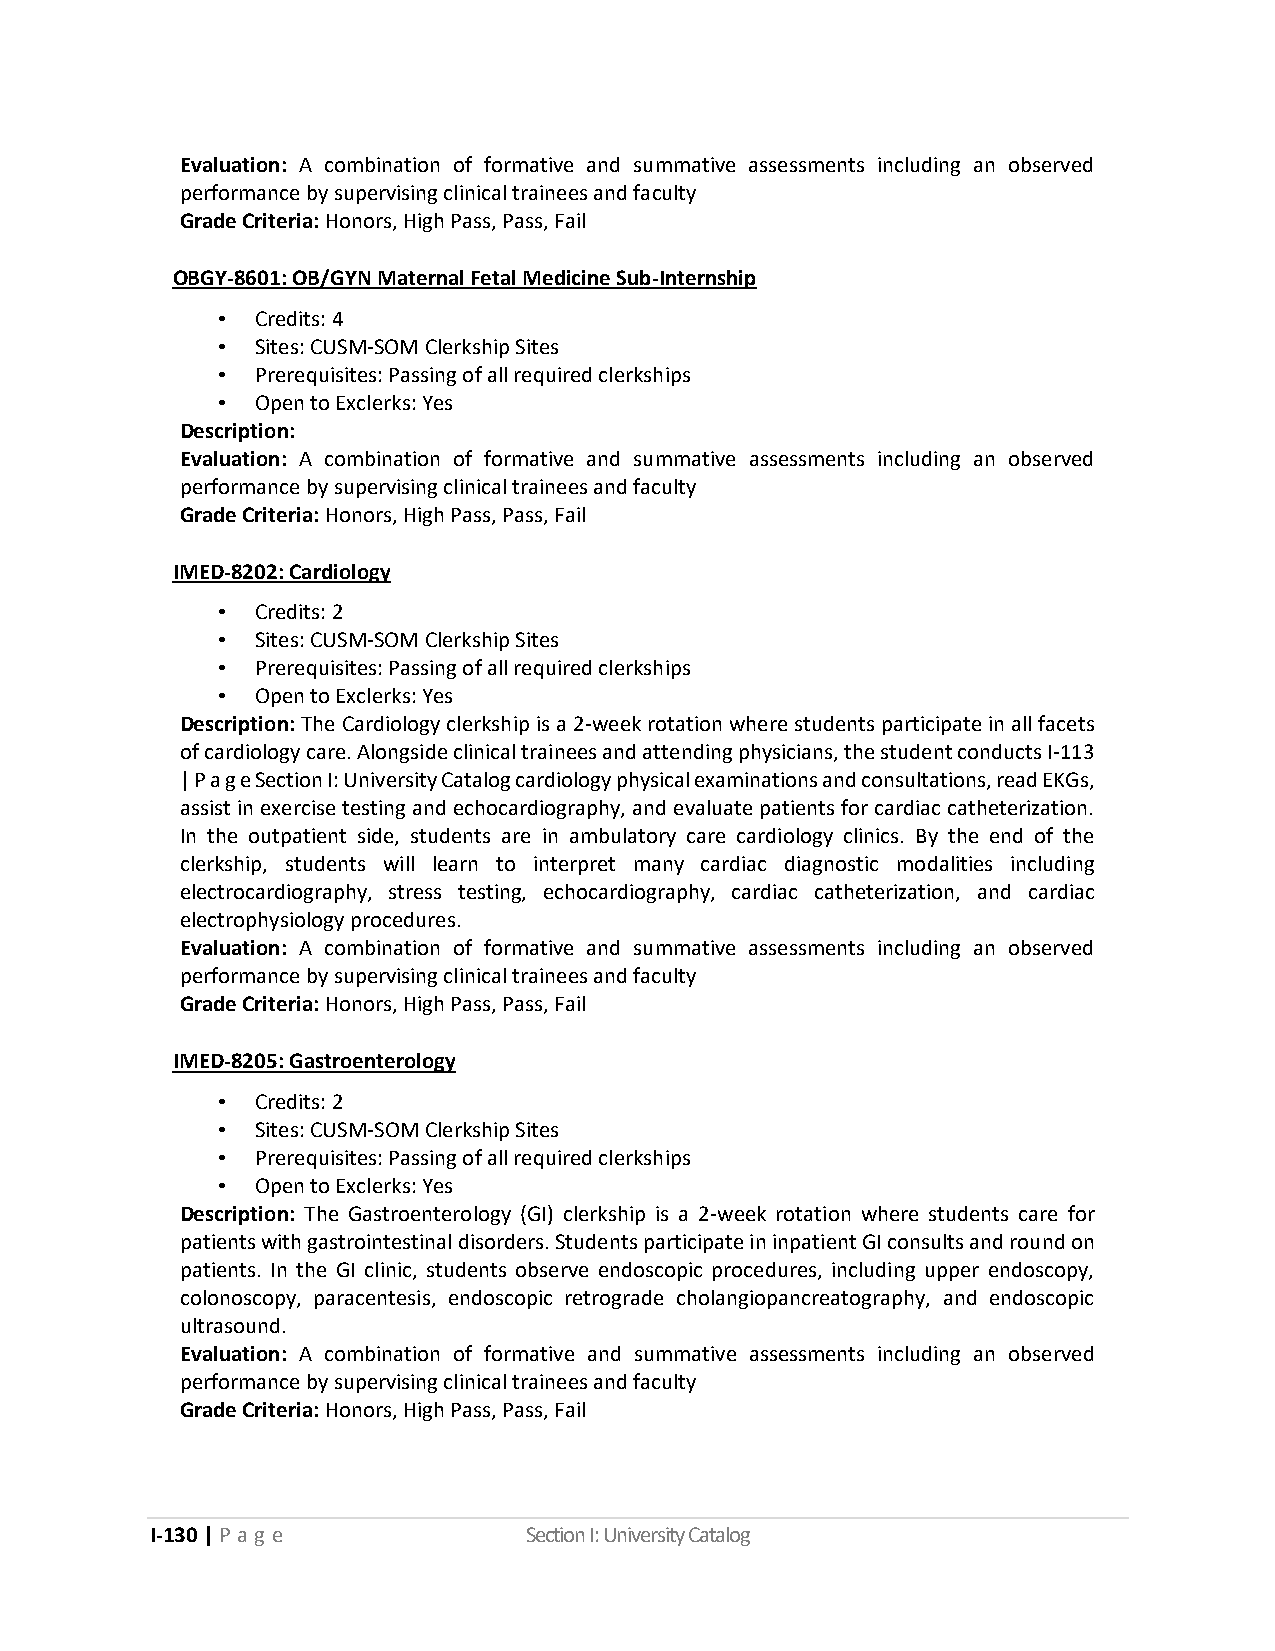
Evaluation: A combination of formative and summative assessments including an observed
 performance by supervising clinical trainees and faculty
 Grade Criteria: Honors, High Pass, Pass, Fail
 OBGY-8601: OB/GYN Maternal Fetal Medicine Sub-Internship
 •  Credits: 4
 •  Sites: CUSM-SOM Clerkship Sites
 •  Prerequisites: Passing of all required clerkships
 •  Open to Exclerks: Yes
 Description:
 Evaluation: A combination of formative and summative assessments including an observed
 performance by supervising clinical trainees and faculty
 Grade Criteria: Honors, High Pass, Pass, Fail
 IMED-8202: Cardiology
 •  Credits: 2
 •  Sites: CUSM-SOM Clerkship Sites
 •  Prerequisites: Passing of all required clerkships
 •  Open to Exclerks: Yes
 Description: The Cardiology clerkship is a 2-week rotation where students participate in all facets
 of cardiology care. Alongside clinical trainees and attending physicians, the student conducts I-113
 | P a g e Section I: University Catalog cardiology physical examinations and consultations, read EKGs,
 assist in exercise testing and echocardiography, and evaluate patients for cardiac catheterization.
 In the outpatient side, students are in ambulatory care cardiology clinics. By the end of the
 clerkship, students will learn to interpret many cardiac diagnostic modalities including
 electrocardiography, stress testing, echocardiography, cardiac catheterization, and cardiac
 electrophysiology procedures.
 Evaluation: A combination of formative and summative assessments including an observed
 performance by supervising clinical trainees and faculty
 Grade Criteria: Honors, High Pass, Pass, Fail
 IMED-8205: Gastroenterology
 •  Credits: 2
 •  Sites: CUSM-SOM Clerkship Sites
 •  Prerequisites: Passing of all required clerkships
 •  Open to Exclerks: Yes
 Description: The Gastroenterology (GI) clerkship is a 2-week rotation where students care for
 patients with gastrointestinal disorders. Students participate in inpatient GI consults and round on
 patients. In the GI clinic, students observe endoscopic procedures, including upper endoscopy,
 colonoscopy, paracentesis, endoscopic retrograde cholangiopancreatography, and endoscopic
 ultrasound.
 Evaluation: A combination of formative and summative assessments including an observed
 performance by supervising clinical trainees and faculty
 Grade Criteria: Honors, High Pass, Pass, Fail
 I-130 | P a g e          Section I: University Catalog